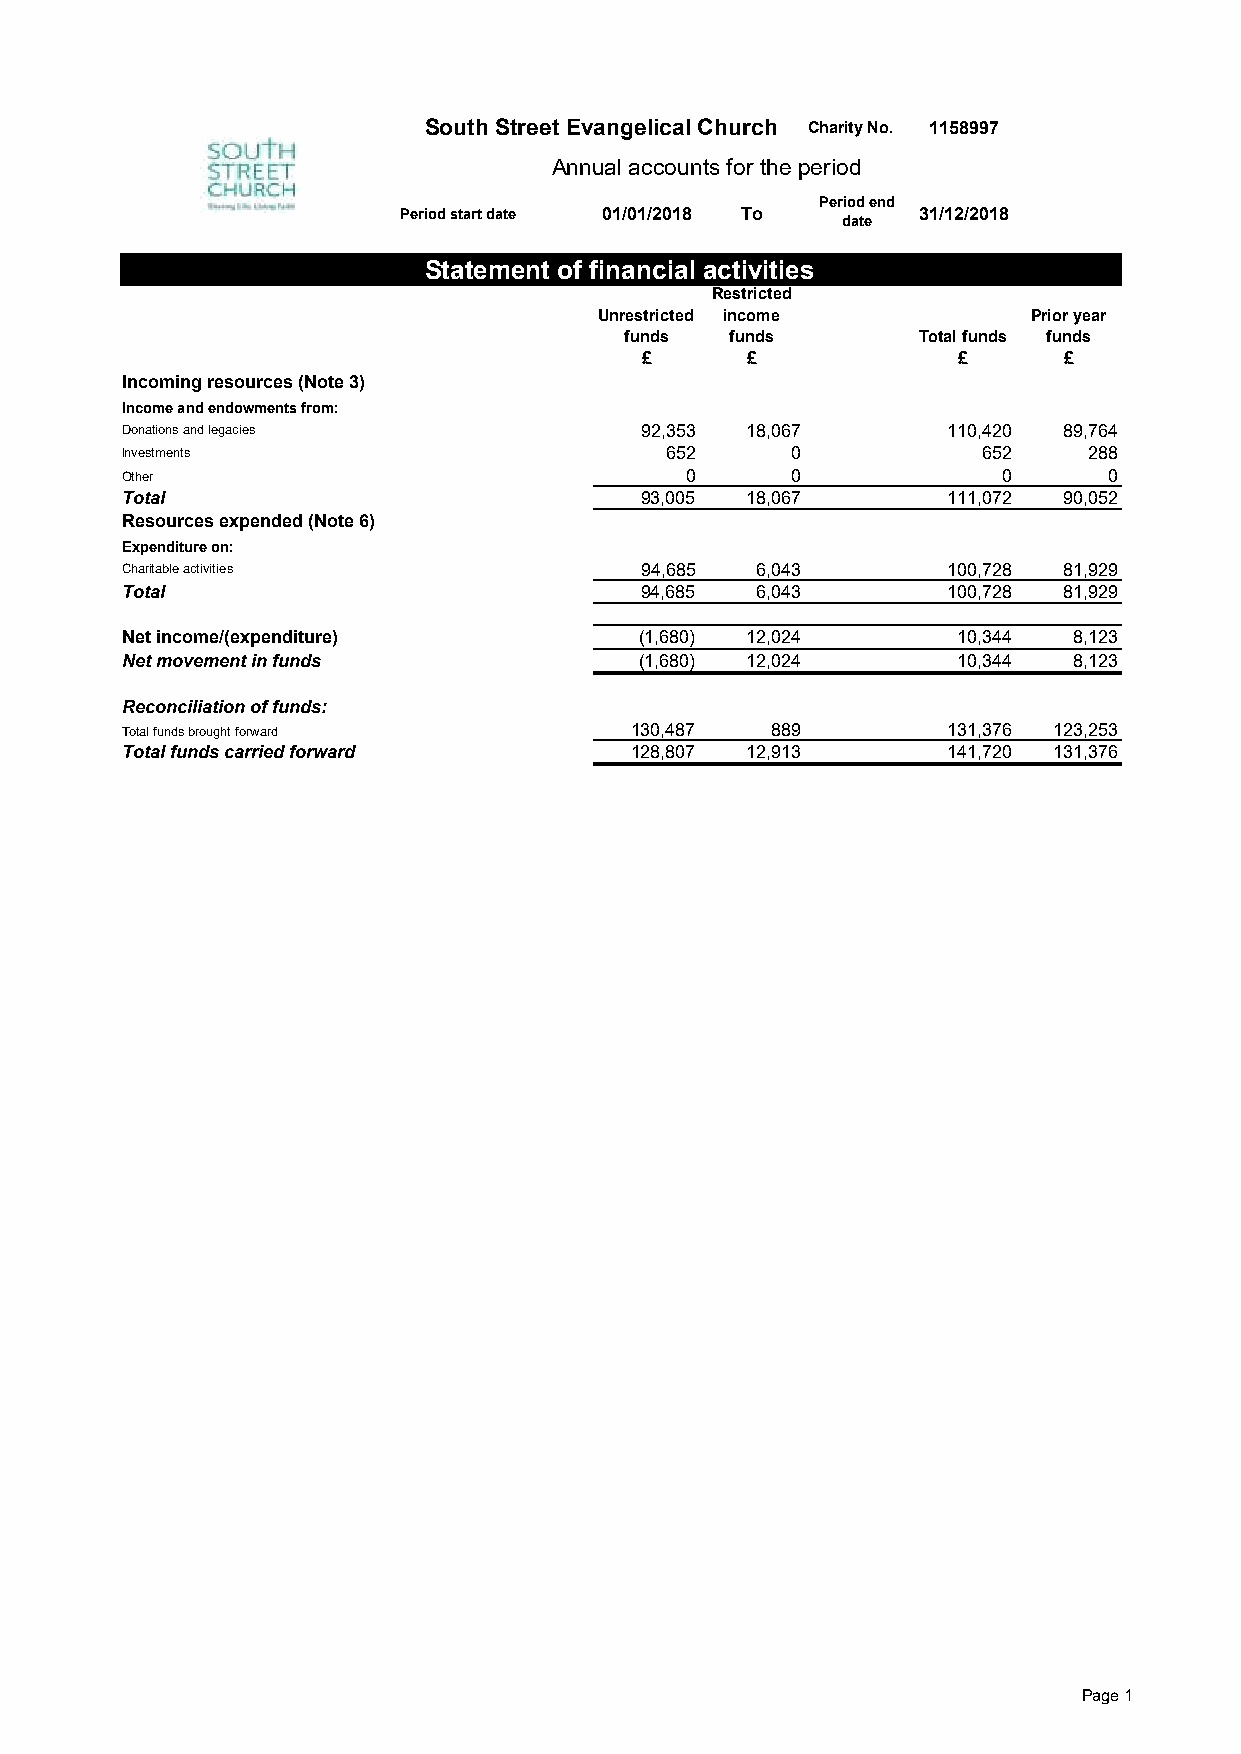
South Street Evangelical Church Charity No. 1158997
 Annual accounts for the period
 Period end
 Period start date 01/01/2018 To    31/12/2018
 date
 Statement of financial activities
 Restricted
 Unrestricted income         Prior year
 funds  funds        Total funds funds
 £      £             £      £
 Incoming resources (Note 3)
 Income and endowments from:
 Donations and legacies            92,353 18,067        110,420 89,764
 Investments                         652     0            652    288
 Other                                0      0             0      0
 Total                             93,005 18,067        111,072 90,052
 Resources expended (Note 6)
 Expenditure on:
 Charitable activities             94,685  6,043        100,728 81,929
 Total                             94,685  6,043        100,728 81,929
 Net income/(expenditure)          (1,680) 12,024       10,344  8,123
 Net movement in funds             (1,680) 12,024       10,344  8,123
 Reconciliation of funds:
 Total funds brought forward       130,487  889         131,376 123,253
 Total funds carried forward       128,807 12,913       141,720 131,376
 Page 1